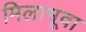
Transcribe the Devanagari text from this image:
मिलामूवा